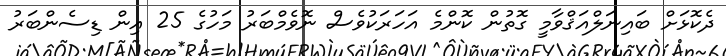
ދެކޮޅަށް ބައިނަލްއަޤްވާމީ ގޮތުން ކޮންމެ އަހަރަކުވެސް ނޮވެމްބަރު މަހުގެ 25 އިން ޑިސެންބަރު